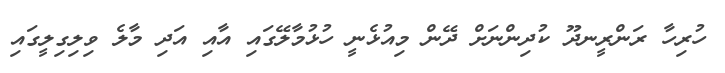
ހުރިހާ ރަންރީނދޫ ކުދިންނަށް ދޭން މިއުޅެނީ ހުޅުމާލޭގައި އާއި އަދި މާލެ ވިލިގިލީގައި